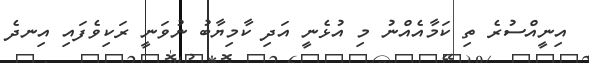
އިނީއްސުރެ ތި ކަމާއެއްނު މި އުޅެނީ އަދި ކާމިޔާބު ނުވަނީ ރަކިވެފައި އިނދެ